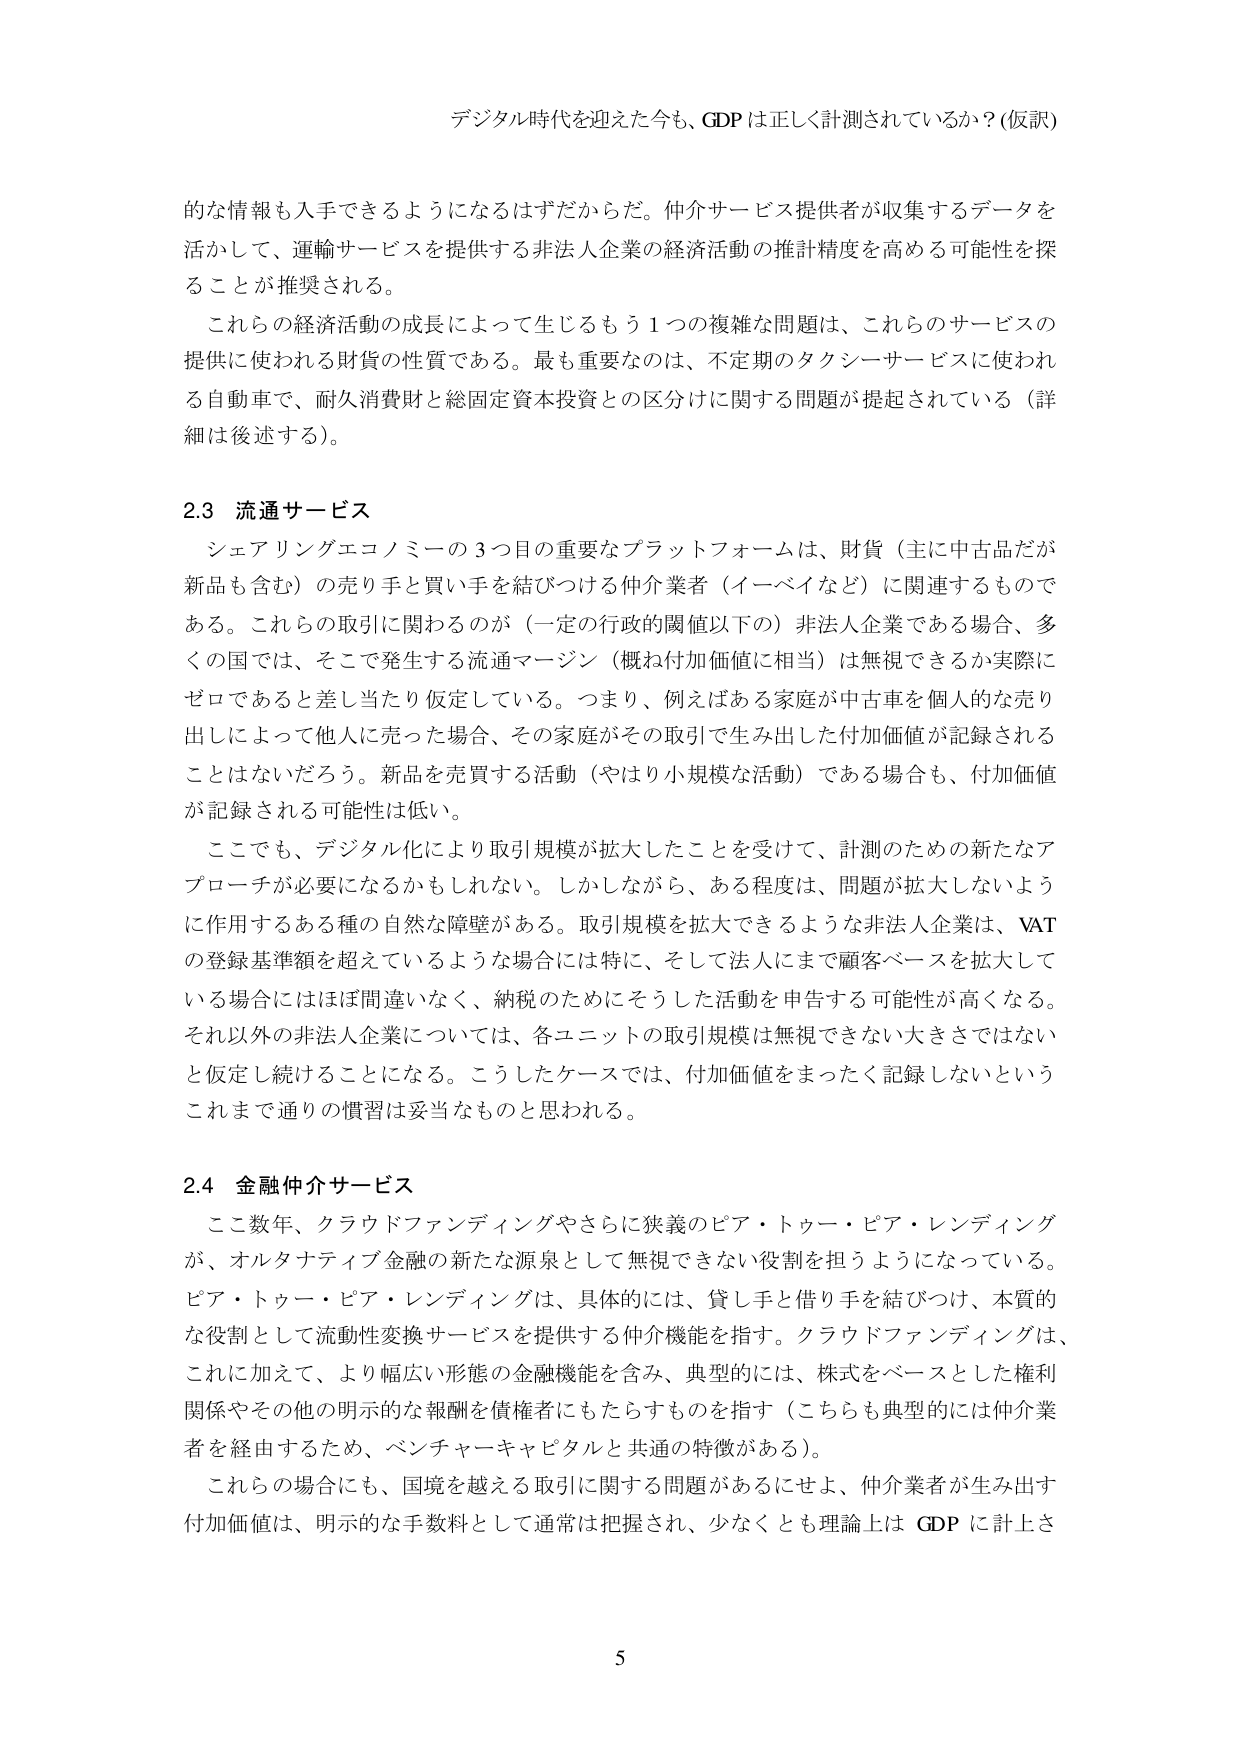
デジタル時代を迎えた今も、GDPは正しく計測されているか？(仮訳)

的な情報も入手できるようになるはずだからだ。仲介サービス提供者が収集するデータを活かして、運輸サービスを提供する非法人企業の経済活動の推計精度を高める可能性を探ることが推奨される。

これらの経済活動の成長によって生じるもう1つの複雑な問題は、これらのサービスの提供に使われる財貨の性質である。最も重要なのは、不定期のタクシーサービスに使われる自動車で、耐久消費財と総固定資本投資との区分けに関する問題が提起されている（詳細は後述する）。

2.3 流通サービス

シェアリングエコノミーの3つ目の重要なプラットフォームは、財貨（主に中古品だが新品も含む）の売り手と買い手を結びつける仲介業者（イーベイなど）に関連するものである。これらの取引に関わるのが（一定の行政的閾値以下の）非法人企業である場合、多くの国では、そこで発生する流通マージン（概ね付加価値に相当）は無視できるか実際にゼロであると差し当たり仮定している。つまり、例えばある家庭が中古車を個人的な売り出しによって他人に売った場合、その家庭がその取引で生み出した付加価値が記録されることはないだろう。新品を売買する活動（やはり小規模な活動）である場合も、付加価値が記録される可能性は低い。

ここでも、デジタル化により取引規模が拡大したことを受けて、計測のための新たなアプローチが必要になるかもしれない。しかしながら、ある程度は、問題が拡大しないように作用するある種の自然な障壁がある。取引規模を拡大できるような非法人企業は、VATの登録基準額を超えているような場合には特に、そして法人にまで顧客ベースを拡大している場合にはほぼ間違いなく、納税のためにそうした活動を申告する可能性が高くなる。それ以外の非法人企業については、各ユニットの取引規模は無視できない大きさではないと仮定し続けることになる。こうしたケースでは、付加価値をまったく記録しないというこれまで通りの慣習は妥当なものと思われる。

2.4 金融仲介サービス

ここ数年、クラウドファンディングやさらに狭義のピア・トゥー・ピア・レンディングが、オルタナティブ金融の新たな源泉として無視できない役割を担うようになっている。ピア・トゥー・ピア・レンディングは、具体的には、貸し手と借り手を結びつけ、本質的な役割として流動性変換サービスを提供する仲介機能を指す。クラウドファンディングは、これに加えて、より幅広い形態の金融機能を含み、典型的には、株式をベースとした権利関係やその他の明示的な報酬を債権者にもたらすものを指す（こちらも典型的には仲介業者を経由するため、ベンチャーキャピタルと共通の特徴がある）。

これらの場合にも、国境を越える取引に関する問題があるにせよ、仲介業者が生み出す付加価値は、明示的な手数料として通常は把握され、少なくとも理論上は GDP に計上さ

5